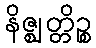
နိဇ္ဈတ္တိဉ္စ